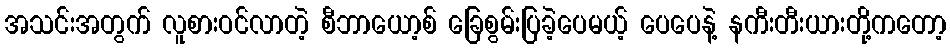
အသင်းအတွက် လူစားဝင်လာတဲ့ စီဘာယော့စ် ခြေစွမ်းပြခဲ့ပေမယ့် ပေပေနဲ့ နကီးတီးယားတို့ကတော့